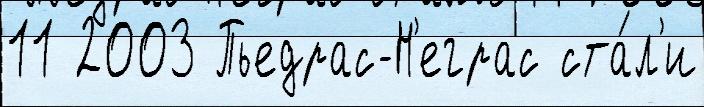
11 2003 Пьедрас-Н'еграс ста́л'и